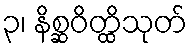
၃၊ နိစ္ဆဝိတ္ထိသုတ်